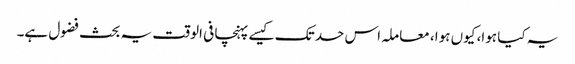
یہ کیا ہوا، کیوں ہوا، معاملہ اس حد تک کیسے پہنچا فی الوقت یہ بحث فضول ہے۔